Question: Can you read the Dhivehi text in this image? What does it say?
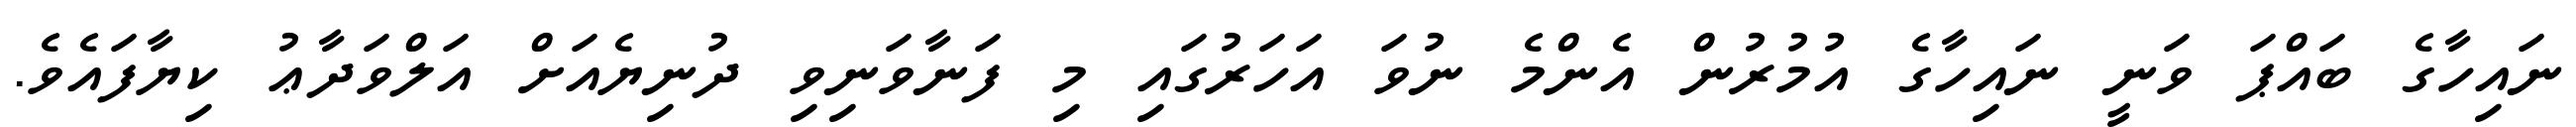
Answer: ނައިހާގެ ބައްޕަ ވަނީ ނައިހާގެ އުމުރުން އެންމެ ނުވަ އަހަރުގައި މި ފަނާވަނިވި ދުނިޔެއަށް އަލްވަދާޢު ކިޔާފައެވެ.